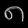
Digit: ၈